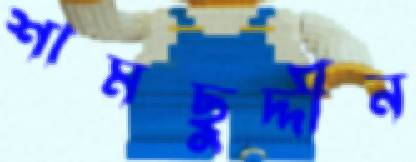
শামছুদ্দীন